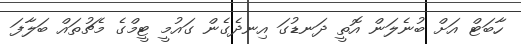
ހާބަޓް އަށް ބުނެލަން އޮތީ ދަނޑުގަ އިނދެގެން ގައުމީ ޓީމްގެ މެޗުތައް ބަލާފަ